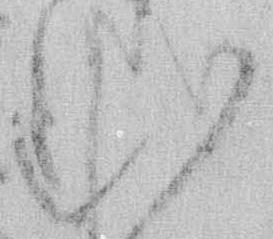
む